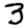
Digit: 3